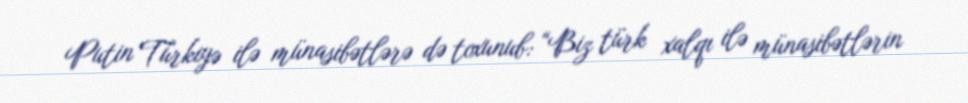
Putin Türkiyə ilə münasibətlərə də toxunub: “Biz türk xalqı ilə münasibətlərin